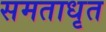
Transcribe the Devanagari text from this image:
समताधृत